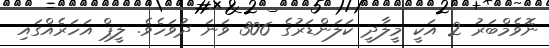
ނޮވެމްބަރު 2 އަކީ މީލާދީ ކަލަންޑަރުގެ 306 ވަނަ ދުވަހެވެ. ލީޕް އަހަރެއްގައި